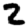
Digit: 2